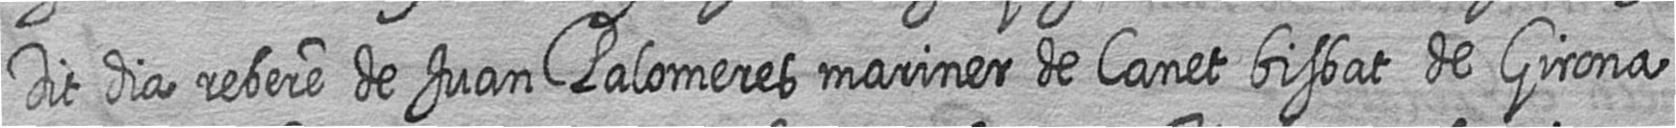
Dit dia rebere de Jua Palomeres mariner de Canet bisbat de Girona